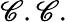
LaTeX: \mathscr{C}.\mathscr{C}.